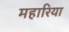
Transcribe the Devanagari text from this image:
महारिया